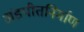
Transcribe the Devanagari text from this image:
अंडपीतनिर्माण